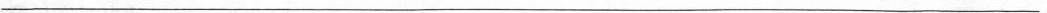
___